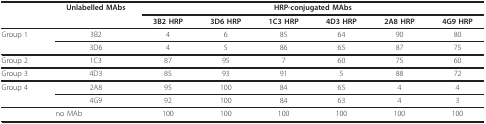
|  | Unlabelled MAbs | <COLSPAN=6> HRP-conjugated MAbs |
 |  |  | 3B2 HRP | 3D6 HRP | 1C3 HRP | 4D3 HRP | 2A8 HRP | 4G9 HRP |
 | --- | --- | --- | --- | --- | --- | --- | --- |
 | Group 1 | 3B2 | 4 | 6 | 85 | 64 | 90 | 80 |
 |  | 3D6 | 4 | 5 | 86 | 65 | 87 | 75 |
 | Group 2 | 1C3 | 87 | 95 | 7 | 60 | 75 | 60 |
 | Group 3 | 4D3 | 85 | 93 | 91 | 5 | 88 | 72 |
 | Group 4 | 2A8 | 95 | 100 | 84 | 65 | 4 | 4 |
 |  | 4G9 | 92 | 100 | 84 | 63 | 4 | 3 |
 | <COLSPAN=2> no MAb | 100 | 100 | 100 | 100 | 100 | 100 |